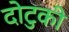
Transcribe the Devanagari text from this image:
दोटुकी